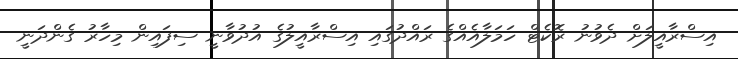
އިސްރާއީލަށް ދެވުނު ރޮކެޓް ހަމަލާއެއްގެ ރައްދުގައި އިސްރާއީލުގެ އުދުވާނީ ސިފައިން މިހާރު ގެންދަނީ